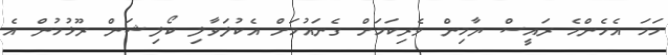
ހަމަ އެހެންމެ ރައީސް ޔާމިން ވެރިކަމަށް ގެނައުމަށް އެކުލަވާލި ކޯލިޝަން ރޫޅުމުން އެ